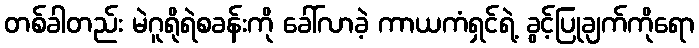
တစ်ခါတည်း မဲဂူရိုရဲစခန်းကို ခေါ်လာခဲ့ ကာယကံရှင်ရဲ့ ခွင့်ပြုချက်ကိုရော